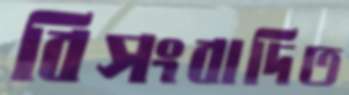
বিসংবাদিত